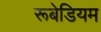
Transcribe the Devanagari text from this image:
रूबेडियम